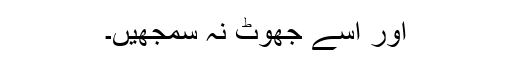
اور اسے جھوٹ نہ سمجھیں۔